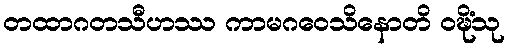
တထာဂတသီဟဿ ကာမဂဝေသိနောတိ ဝဍ္ဎိံသု